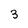
Character: 3